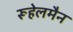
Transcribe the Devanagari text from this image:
रूहेलमैन